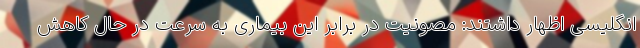
انگلیسی اظهار داشتند: مصونیت در برابر این بیماری به سرعت در حال کاهش